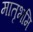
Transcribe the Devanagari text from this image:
मातृभमि